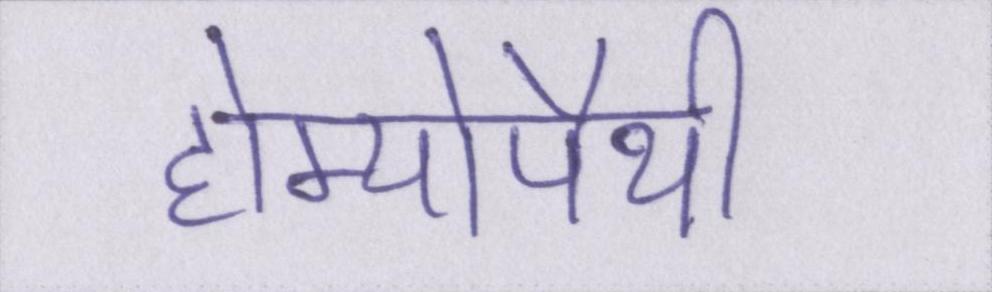
होम्योपैथी